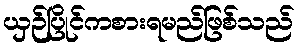
ယှဉ်ပြိုင်ကစားရမည်ဖြစ်သည်